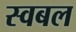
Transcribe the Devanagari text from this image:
स्वबल